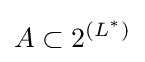
A\subset 2^{(L^{*})}